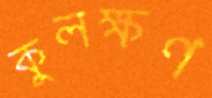
কুলক্ষণ